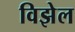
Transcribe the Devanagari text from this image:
विझेल